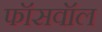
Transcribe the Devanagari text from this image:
फॉसवॉल